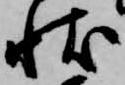
状